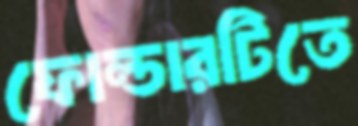
ফোল্ডারটিতে